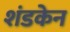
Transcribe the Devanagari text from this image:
शंडकेन